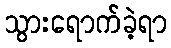
သွားရောက်ခဲ့ရာ